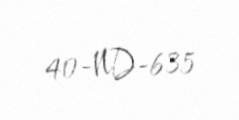
40-ND-635